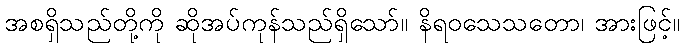
အစရှိသည်တို့ကို ဆိုအပ်ကုန်သည်ရှိသော်။ နိရဝသေသတော၊ အားဖြင့်။